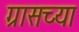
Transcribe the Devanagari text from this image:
ग्रासच्या